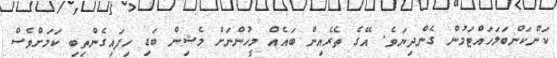
ކަންކަންބަލަހައްޓަމުން ގެންދިޔަވެ. އޭގެ ތެެރެއިން ބައެއް މީހުންނަށް މެޝިން ބަޑި ހިފައިގެންތިބި ކަމަށްވެސް